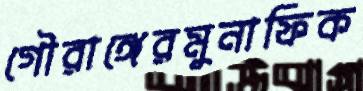
গৌরাঙ্গেরমুনাফিক